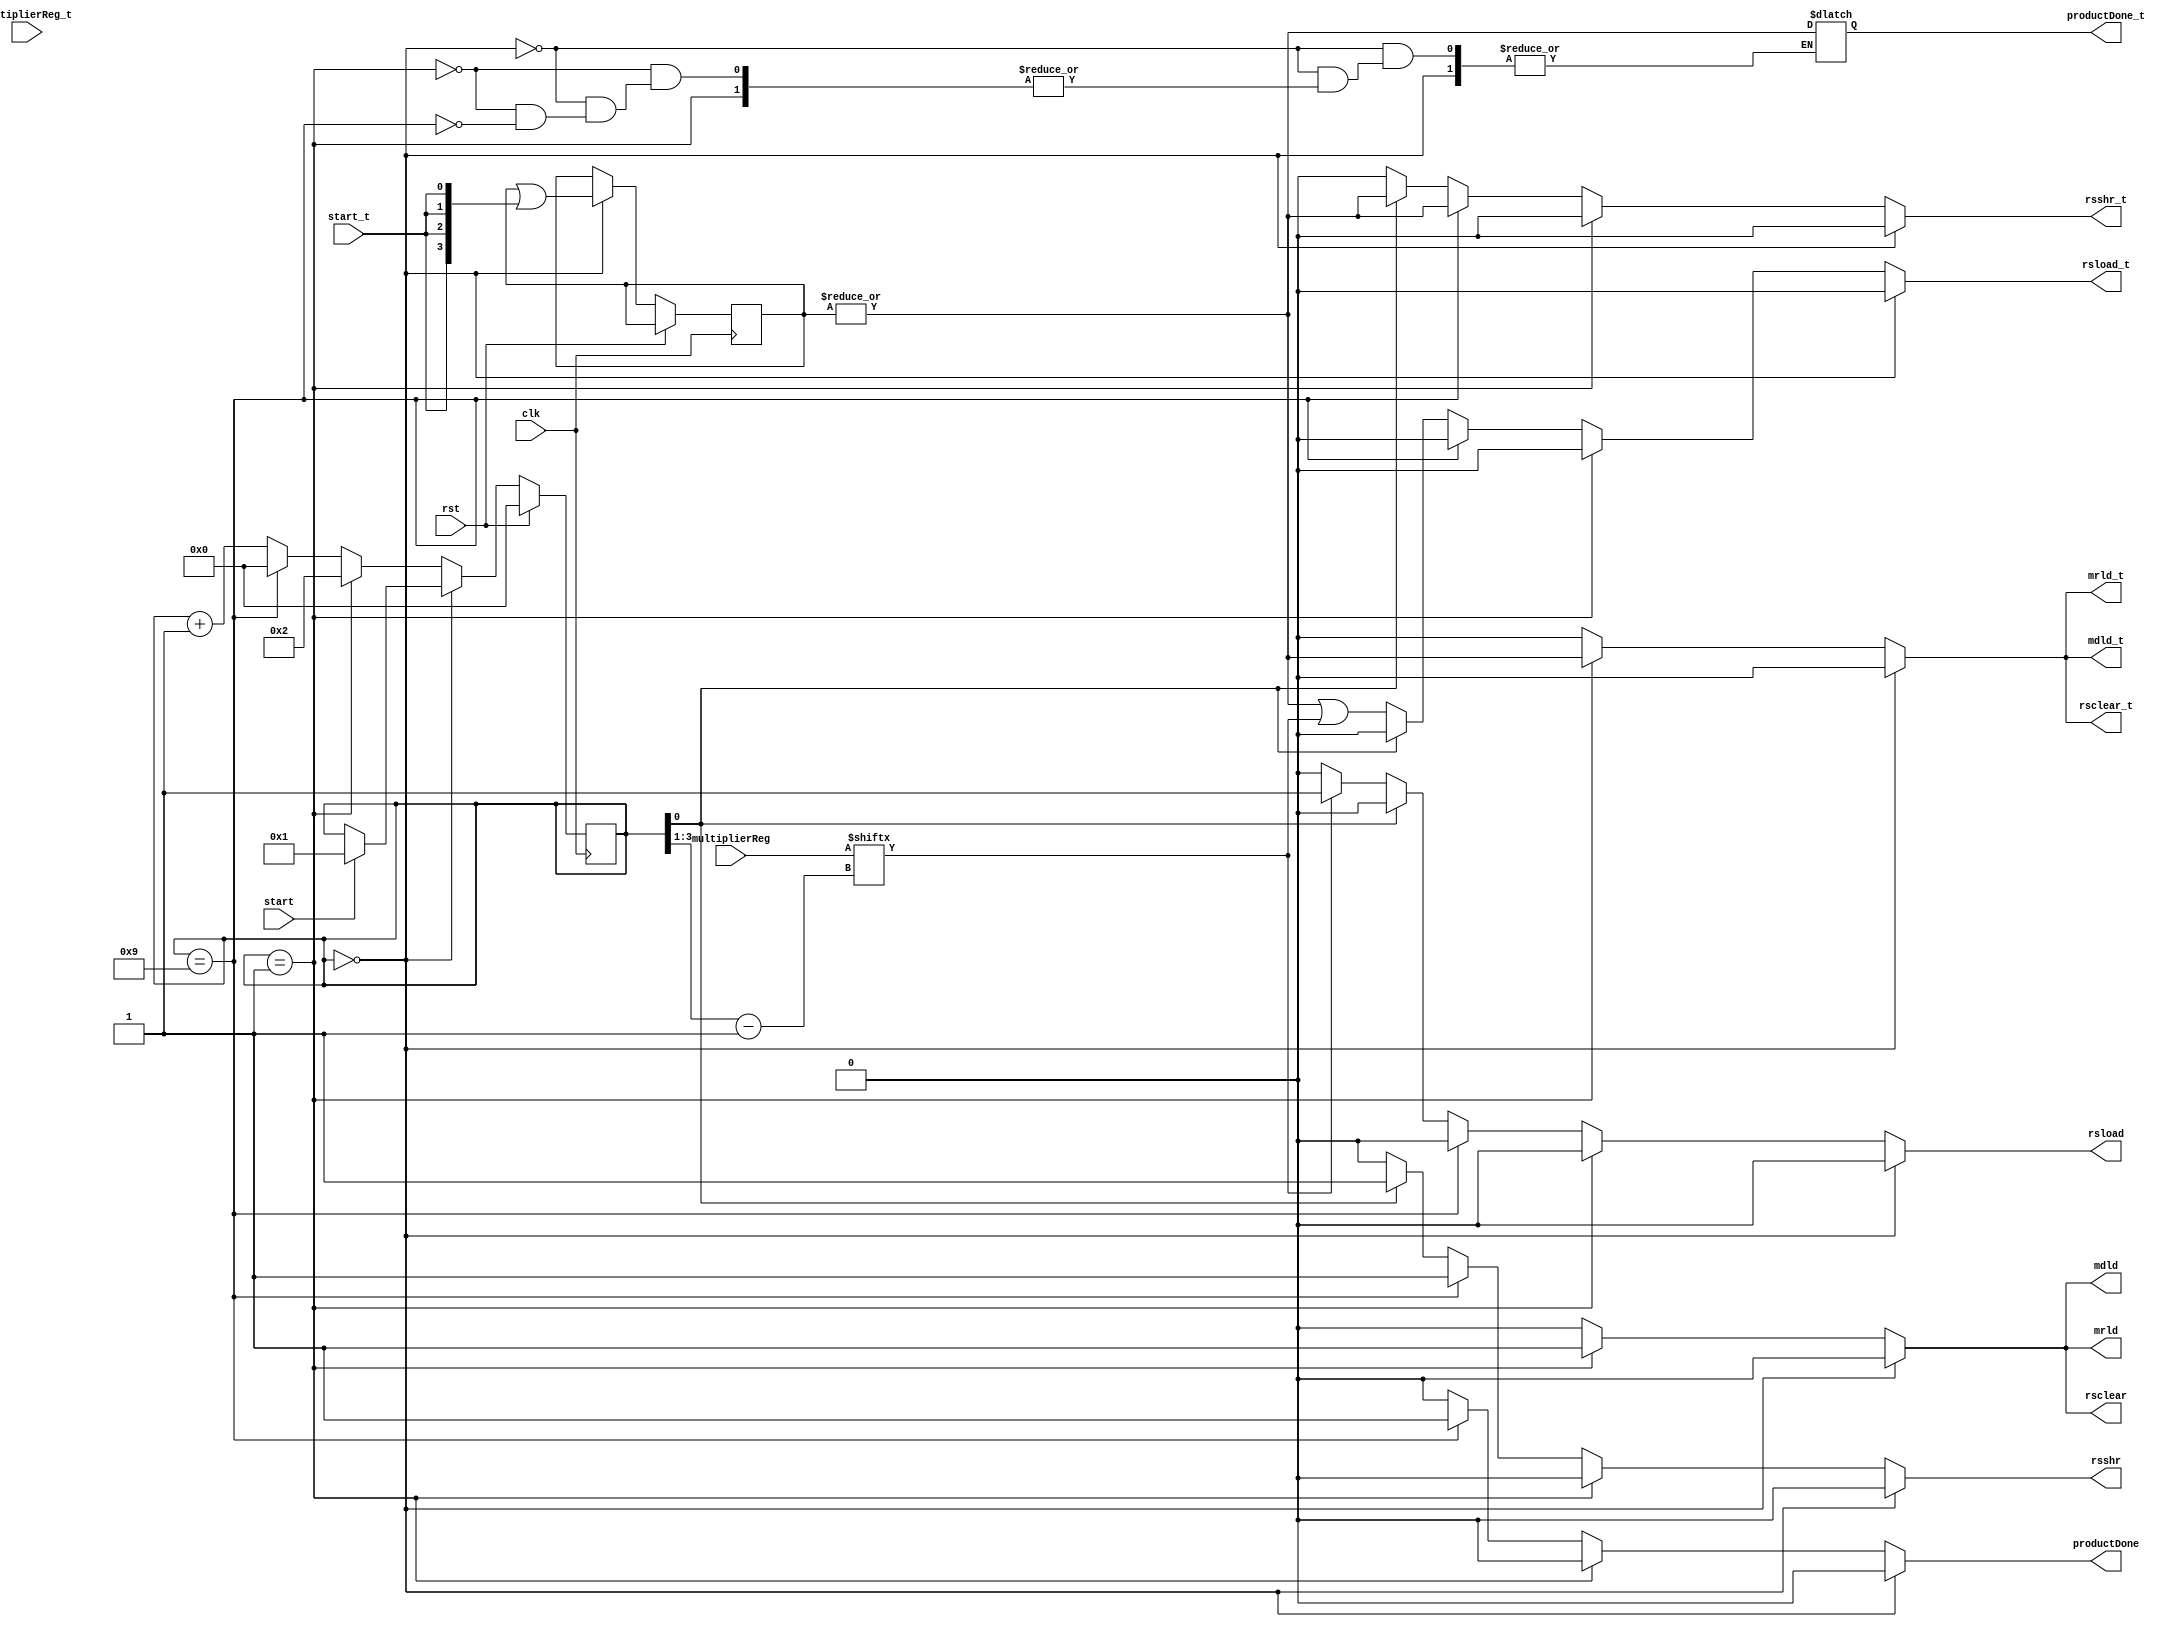
//==============================================================================
// Control Module for Sequential Multiplier
//==============================================================================

module MultiplierControl_TaintTrackBitwise #(parameter WIDTH = 4)(
	// External Inputs
	input   clk,           // Clock
    input   rst,           // reset
	input   start,
    input   start_t,

    // External Output
    output reg productDone,
    output reg productDone_t,

	// Outputs to Datapath
	output reg  rsload,
    output reg  rsload_t,
	output reg  rsclear,
    output reg  rsclear_t,
	output reg  rsshr,
    output reg  rsshr_t,
    output reg  mrld,
    output reg  mrld_t,
    output reg  mdld,
    output reg  mdld_t,

	// Inputs from Datapath
    input [WIDTH - 1:0] multiplierReg,
    input [WIDTH - 1:0] multiplierReg_t
);
	// Local Vars
	// # of states = 2 * WIDTH + 3
    localparam STATE_WIDTH = $clog2(2 * WIDTH + 2);
    reg [STATE_WIDTH - 1:0] state;
    reg [STATE_WIDTH - 1:0] state_t;
	reg [STATE_WIDTH - 1:0] next_state;
    reg [STATE_WIDTH - 1:0] next_state_t;

	localparam START = 4'd0;
	localparam INIT = 4'd1;
    localparam FINAL = 2 * WIDTH + 1;
    // BIT_n = 2*n, BIT_n_TRUE = 2*n + 1, FINAL = 2*(N+1)

	// Output Combinational Logic
	always @( * ) begin
		// Set defaults
        rsload = 0;
        rsload_t = 0;
        rsclear = 0;
        rsclear_t = 0;
        rsshr = 0;
        rsshr_t = 0;
        mrld = 0;
        mrld_t = 0;
        mdld = 0;
        mdld_t = 0;
        productDone = 0;
        if (state == START) begin
        end
        else if (state == INIT) begin
            mdld = 1;
            mrld = 1;
            rsclear = 1;

            mdld_t = |state_t;
            mrld_t = |state_t;
            rsclear_t = |state_t;
        end
        else if (state == FINAL) begin
            rsshr = 1;
            productDone = 1;

            rsshr_t = |state_t;
            productDone_t = |state_t;
        end
        else if (state[0] == 0) begin
            if (multiplierReg[(state >> 1) - 1]) begin
                rsload = 1;
            end

            rsload_t = (|state_t) | (multiplierReg[(state >> 1) - 1]);
        end
        else begin
            rsshr = 1;

            rsshr_t = |state_t;
        end
	end

	// Next State Combinational Logic
	always @( * ) begin
		next_state = state;
        next_state_t = state_t;
		
		if (state == START) begin
			if (start) begin
				next_state = INIT;
			end
            next_state_t = next_state_t | {STATE_WIDTH{start_t}};
		end
		else if (state == INIT) begin
			next_state = 2;
		end
        else if (state == FINAL) begin
            next_state = START;
        end
        else begin
            next_state = next_state + 1;
        end
	end

	// State Update Sequential Logic
	always @(posedge clk) begin
		if (rst) begin
			state <= START;
		end
		else begin
			// Update state to next state
			state <= next_state;
            state_t <= next_state_t;
		end
	end

endmodule